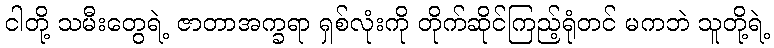
ငါတို့ သမီးတွေရဲ့ ဇာတာအက္ခရာ ရှစ်လုံးကို တိုက်ဆိုင်ကြည့်ရုံတင် မကဘဲ သူတို့ရဲ့